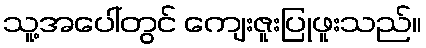
သူ့အပေါ်တွင် ကျေးဇူးပြုဖူးသည်။